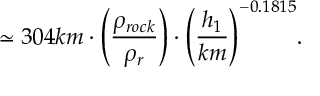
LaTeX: { \simeq 3 0 4 k m \cdot \left( \frac { \rho _ { r o c k } } { \rho _ { r } } \right) } \cdot { \left( \frac { h _ { 1 } } { k m } \right) ^ { - 0 . 1 8 1 5 } } .